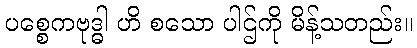
ပစ္စေကဗုဒ္ဓါ ဟိ စသော ပါဌ်ကို မိန့်သတည်း။